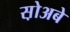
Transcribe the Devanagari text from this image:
स़ोअबे